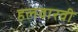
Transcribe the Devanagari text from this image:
हलवारवी